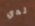
لدي